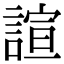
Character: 諠